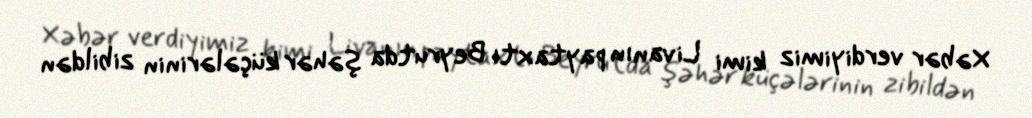
Xəbər verdiyimiz kimi Livanın paytaxtı Beyrutda şəhər küçələrinin zibildən